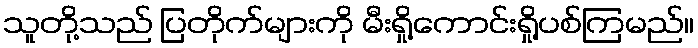
သူတို့သည် ပြတိုက်များကို မီးရှို့ကောင်းရှို့ပစ်ကြမည်။